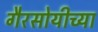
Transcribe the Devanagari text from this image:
गैरसोयीच्या